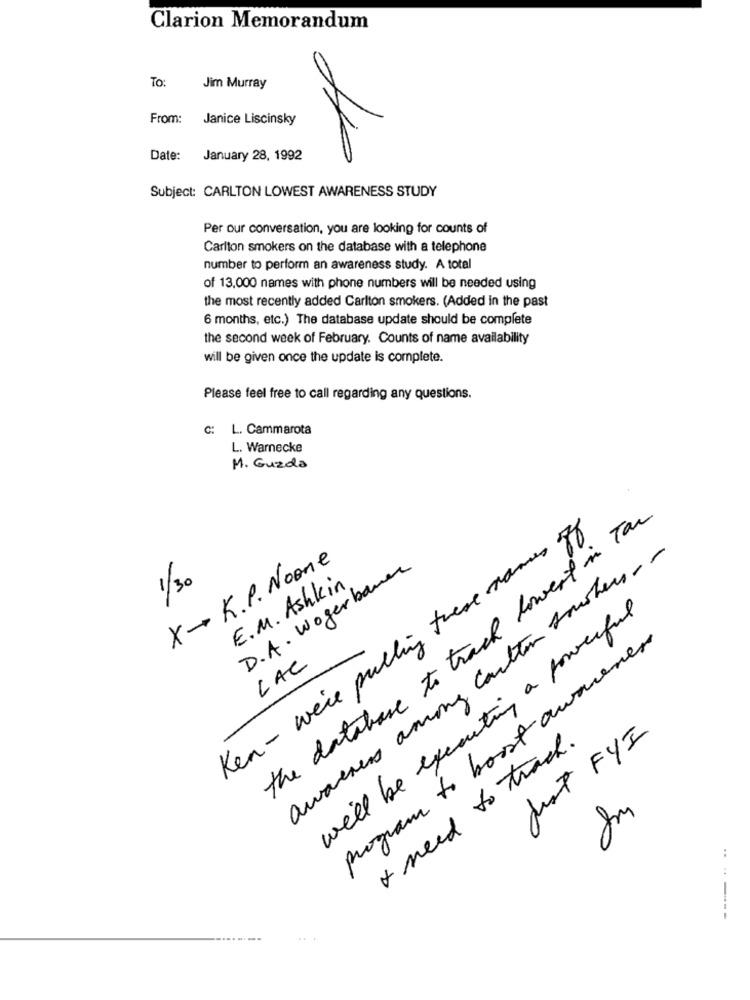
Clarion Memorandum
To:
Jim Murray
From: Janice Liscinsky
Date:
January 28, 1992
Subject: CARLTON LOWEST AWARENESS STUDY
Per our conversation, you are looking for counts of
Carlton smokers on the database with a telephone
number to perform an awareness study. A total
of 13.000 names with phone numbers will be needed using
the most recently added Carlton smokers. (Added in the past
6 months, etc.) The database update should be complete
the second week of February. Counts of name availability
will be given once the update is complete.
Please feel free to call regarding any questions.
C: L. Cammarota
L. Warnecke
M. Guzda
the database to track lowest in Tac
Ken- we're pulling these names of
awareness among coulton sousher- -
X- K.P. Noone
D.A . Woger baner
1/30
E.M. Ashkin
will be expecting a powerful
program to boost awniener
LAC
I need to track.
Just FYI
..
----